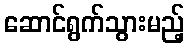
ဆောင်ရွက်သွားမည့်